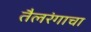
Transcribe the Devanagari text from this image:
तैलरंगाचा